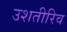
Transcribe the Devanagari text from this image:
उशतीरिव